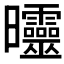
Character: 𣌟